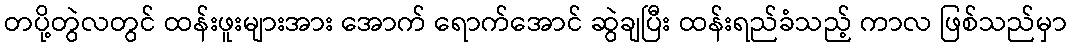
တပို့တွဲလတွင် ထန်းဖူးများအား အောက် ရောက်အောင် ဆွဲချပြီး ထန်းရည်ခံသည့် ကာလ ဖြစ်သည်မှာ